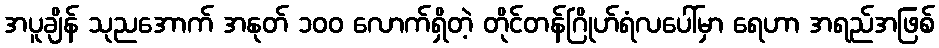
အပူချိန် သုညအောက် အနုတ် ၁၀၀ လောက်ရှိတဲ့ တိုင်တန်ဂြိုဟ်ရံလပေါ်မှာ ရေဟာ အရည်အဖြစ်